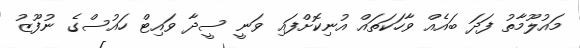
މައުލޫމާތު ފަދަ ބައެއް ވާހަކަތައް އުނިކޮށްފައި ވަނީ ސީދާ ވައިޓް ހައުސްގެ ނުފޫޒު